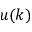
u ( k )